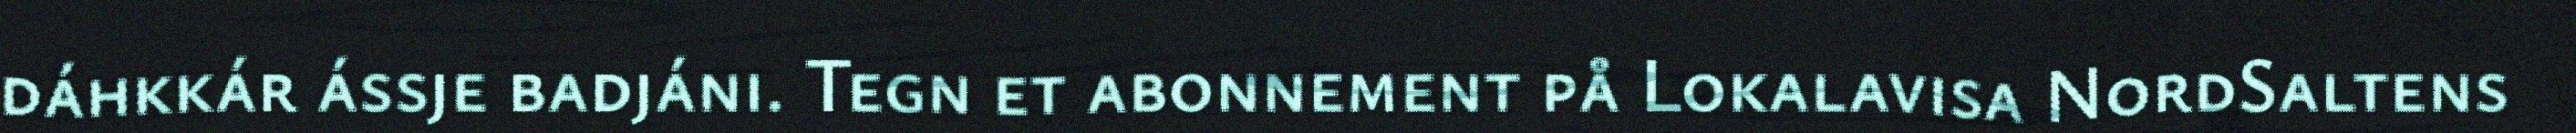
dáhkkár ássje badjáni. Tegn et abonnement på Lokalavisa NordSaltens